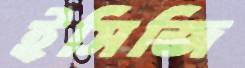
ইসিজি